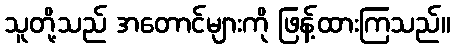
သူတို့သည် အတောင်များကို ဖြန့်ထားကြသည်။